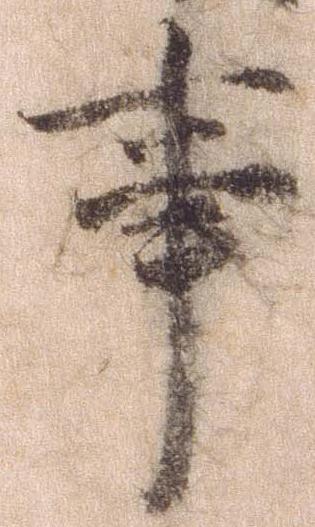
事